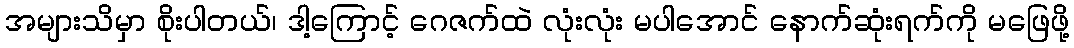
အများသိမှာ စိုးပါတယ်၊ ဒါ့ကြောင့် ဂေဇက်ထဲ လုံးလုံး မပါအောင် နောက်ဆုံးရက်ကို မဖြေဖို့